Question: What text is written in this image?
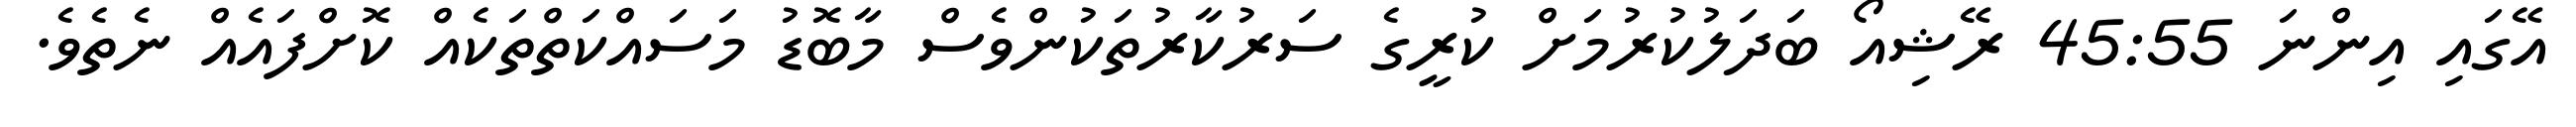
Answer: އޭގައި އިންނަ 45:55 ރޭޝިއޯ ބަދަލުކުރުމަށް ކުރީގެ ސަރުކާރުތަކުންވެސް މާބޮޑު މަސައްކަތްތަކެއް ކޮށްފައެއް ނެތެވެ.